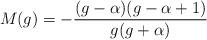
LaTeX: \begin{align*}M(g)=-\frac{(g-\alpha)(g-\alpha+1)}{g(g+\alpha)}\end{align*}